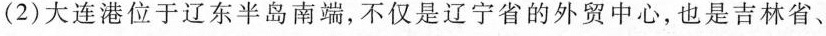
(2)大连港位于辽东半岛南端，不仅是辽宁省的外贸中心，也是吉林省、